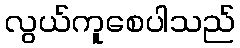
လွယ်ကူစေပါသည်